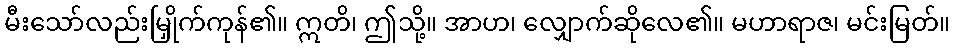
မီးသော်လည်းမြှိုက်ကုန်၏။ ဣတိ၊ ဤသို့။ အာဟ၊ လျှောက်ဆိုလေ၏။ မဟာရာဇ၊ မင်းမြတ်။